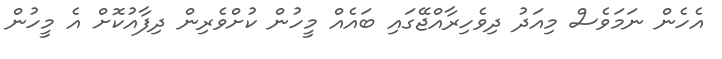
އެހެން ނަމަވެސް މިއަދު ދިވެހިރާއްޖޭގައި ބައެއް މީހުން ކުށްވެރިން ދިފާއުކޮށް އެ މީހުން